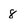
Character: 8